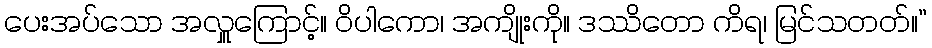
ပေးအပ်သော အလှူကြောင့်။ ဝိပါကော၊ အကျိုးကို။ ဒဿိတော ကိရ၊ မြင်သတတ်။”